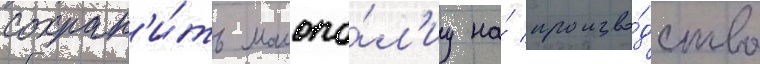
сохран'и́ть монопо́л'иу на́ произво́дство